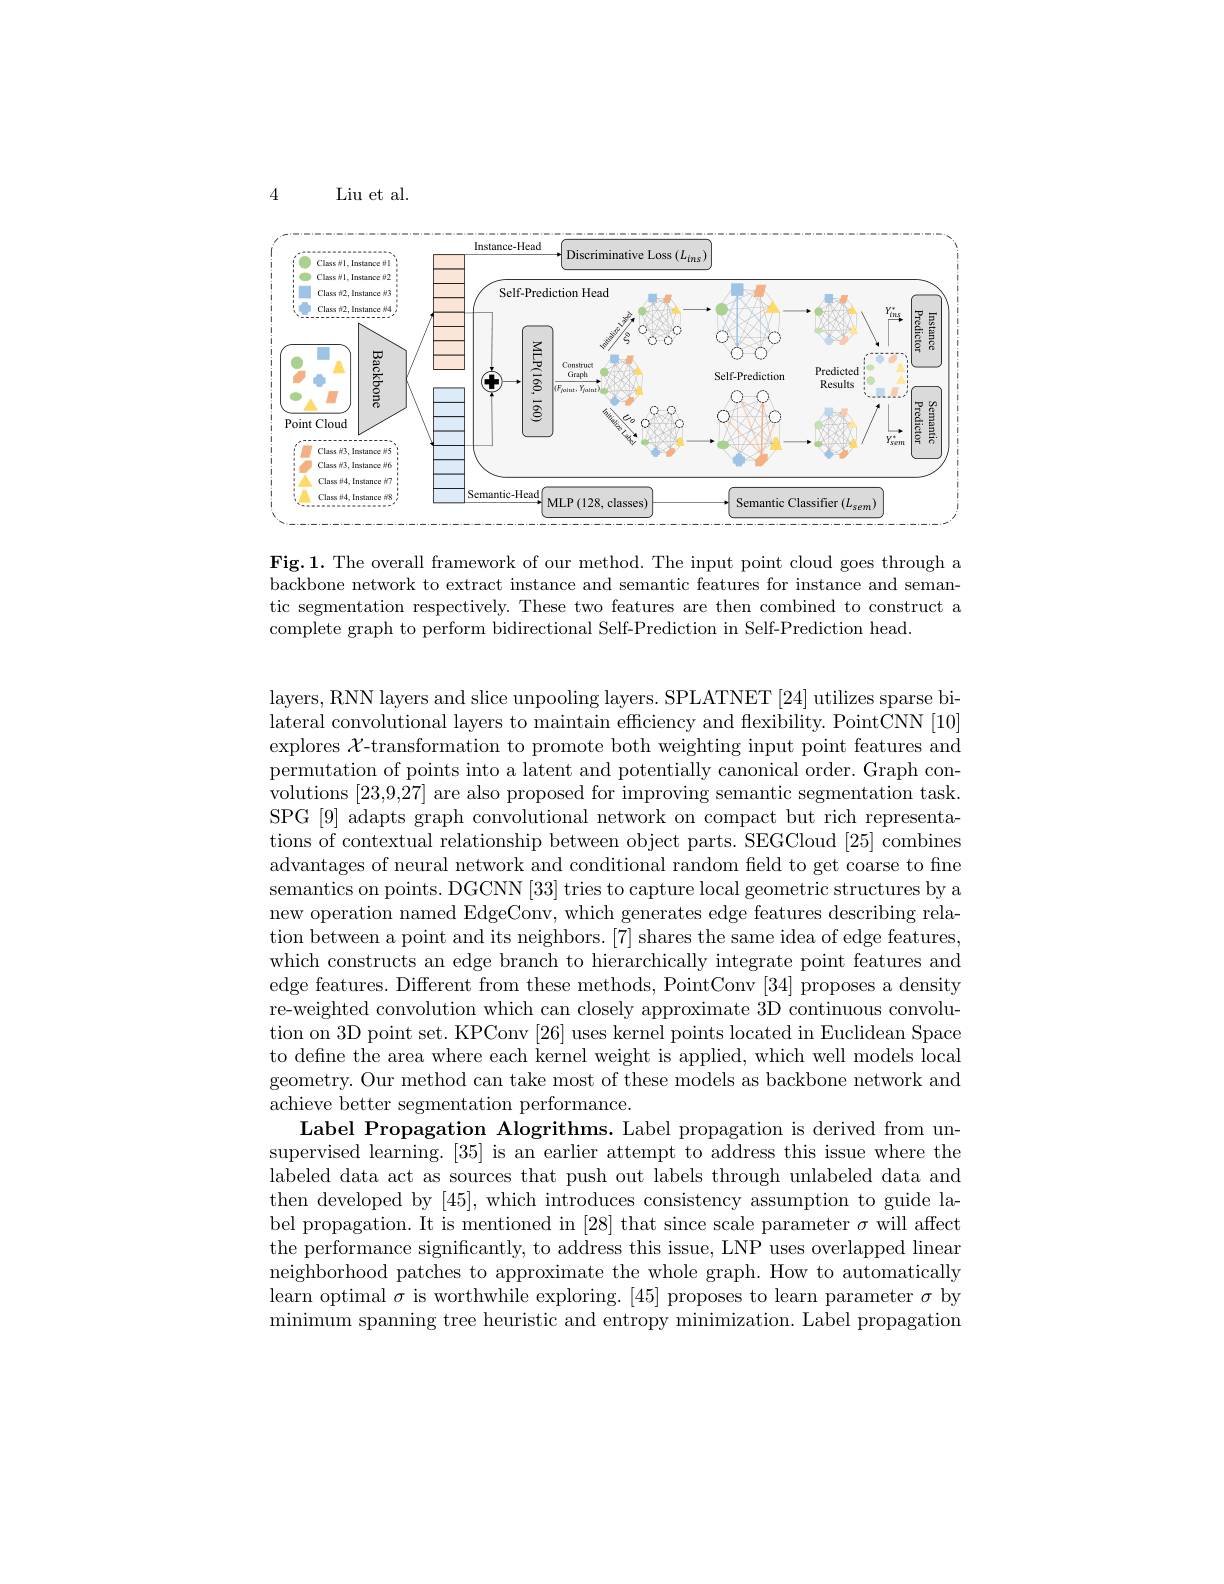
4

Liu et al.

<FigureHere>

Fig.1. The overall framework of our method. The input point cloud goes through a backbone network to extract instance and semantic features for instance and semantic segmentation respectively. These two features are then combined to construct a complete graph to perform bidirectional Self-Prediction in Self-Prediction head.

layers, RNN layers and slice unpooling layers. SPLATNET [24] utilizes sparse bilateral convolutional layers to maintain effciency and flexibility. PointCNN [10] explores $\mathcal{X}$-transformation to promote both weighting input point features and permutation of points into a latent and potentially canonical order. Graph convolutions [23,9,27] are also proposed for improving semantic segmentation task. SPG [9] adapts graph convolutional network on compact but rich representations of contextual relationship between object parts. SEGCloud [25] combines advantages of neural network and conditional random field to get coarse to fine semantics on points. DGCNN [33] tries to capture local geometric structures by a new operation named EdgeConv, which generates edge features describing relation between a point and its neighbors. [7] shares the same idea of edge features, which constructs an edge branch to hierarchically integrate point features and edge features. Different from these methods, PointConv [34] proposes a density re-weighted convolution which can closely approximate 3D continuous convolution on 3D point set. KPConv [26] uses kernel points located in Euclidean Space to define the area where each kernel weight is applied, which well models local geometry. Our method can take most of these models as backbone network and achieve better segmentation performance.
Label Propagation Alogrithms. Label propagation is derived from unsupervised learning. [35] is an earlier attempt to address this issue where the labeled data act as sources that push out labels through unlabeled data and then developed by [45], which introduces consistency assumption to guide label propagation. It is mentioned in [28] that since scale parameter $\sigma$ will affect the performance significantly, to address this issue, LNP uses overlapped linear neighborhood patches to approximate the whole graph. How to automatically learn optimal $\sigma$ is worthwhile exploring.[45] proposes to learn parameter $\sigma$ by minimum spanning tree heuristic and entropy minimization. Label propagation